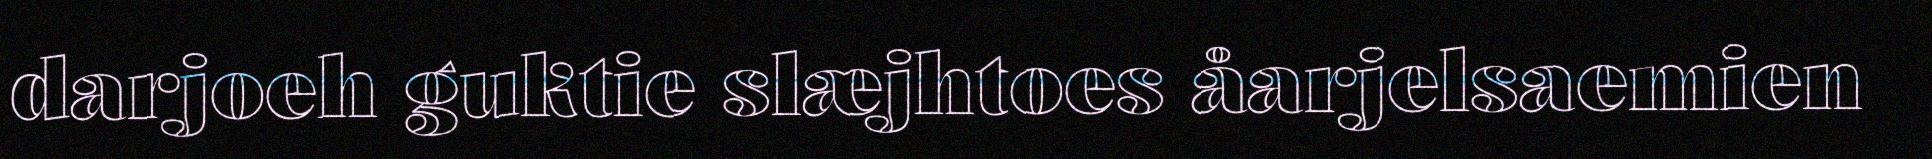
darjoeh guktie slæjhtoes åarjelsaemien